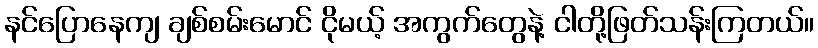
နင်ပြောနေကျ ချစ်စမ်းမောင် ငိုမယ့် အကွက်တွေနဲ့ ငါတို့ဖြတ်သန်းကြတယ်။